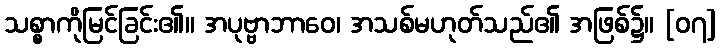
သစ္စာကိုမြင်ခြင်း၏။ အပုဗ္ဗာဘာဝေ၊ အသစ်မဟုတ်သည်၏ အဖြစ်၌။ [၀၇]